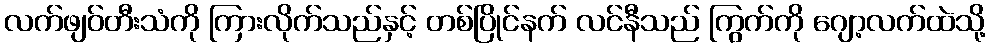
လက်ဖျဝ်တီးသံကို ကြားလိုက်သည်နှင့် တစ်ပြိုင်နက် လင်နီသည် ကြွက်ကို ဂျော့လက်ထဲသို့